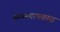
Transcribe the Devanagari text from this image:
व्यवस्थापकास